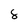
Character: 8